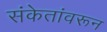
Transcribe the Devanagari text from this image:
संकेतांवरून